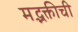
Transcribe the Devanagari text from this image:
मद्भक्तीची